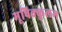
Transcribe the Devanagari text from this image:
मूषिक्कुलम